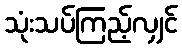
သုံးသပ်ကြည့်လျှင်